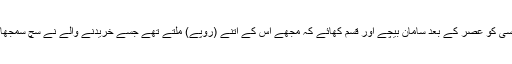
دوسرا وہ شخص جو کسی کو عصر کے بعد سامان بیچے اور قسم کھائے کہ مجھے اس کے اتنے (روپے) ملتے تھے جسے خریدنے والے نے سچ سمجھا حالانکہ وہ جھوٹا تھا۔